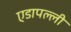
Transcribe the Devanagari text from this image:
एडापल्ली